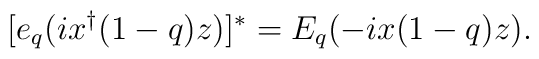
[e_q(ix^\dagger(1-q)z)]^*=E_q(-ix(1-q)z).